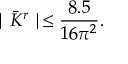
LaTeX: \mid \bar { K } ^ { r } \mid \leq \frac { 8 . 5 } { 1 6 \pi ^ { 2 } } .